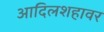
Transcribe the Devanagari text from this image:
आदिलशहावर